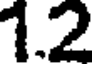
1.2